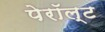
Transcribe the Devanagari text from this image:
पेरॉल्ट